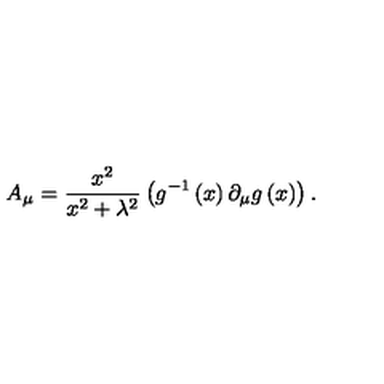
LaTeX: A _ { \mu } = \frac { x ^ { 2 } } { x ^ { 2 } + \lambda ^ { 2 } } \left( g ^ { - 1 } \left( x \right) \partial _ { \mu } g \left( x \right) \right) .